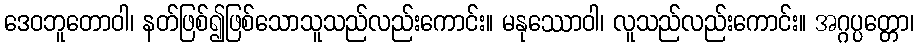
ဒေဝဘူတောဝါ၊ နတ်ဖြစ်၍ဖြစ်သောသူသည်လည်းကောင်း။ မနုဿောဝါ၊ လူသည်လည်းကောင်း။ အဂ္ဂပ္ပတ္တော၊